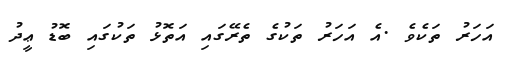
އަހަރު ތަކެވެ .އެ އަހަރު ތަކުގެ ތެރޭގައި އަތޮޅު ތަކުގައި ބޮޑު ޢީދު